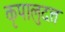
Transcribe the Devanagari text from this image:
कृपालुदत्त